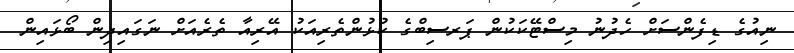
ނިއުގެ ޑިފެންސަށް ހެދުނު މިސްޓޭކަކުން ޕަރސިބްގެ ކުޅުންތެރިއަކު އޭރިއާ ތެރެއަށް ނަގައިދިން ބޯޅައިން